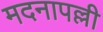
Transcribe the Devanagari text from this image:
मदनापल्ली